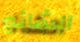
الشائع